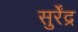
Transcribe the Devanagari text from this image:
सुर्रेंद्र